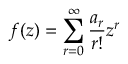
f ( z ) = \sum _ { r = 0 } ^ { \infty } \frac { a _ { r } } { r ! } z ^ { r }